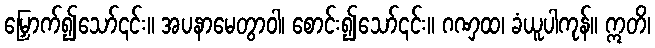
မြှောက်၍သော်၎င်း။ အပနာမေတွာဝါ၊ စောင်း၍သော်၎င်း။ ဂဏှထ၊ ခံယူပါကုန်။ ဣတိ၊